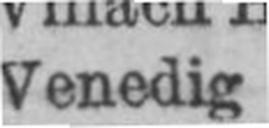
Venedig